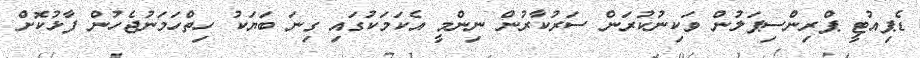
ޑެޕިއުޓީ ޕްރިންސިޕަލުން ވަކިނުކުރަން ސަރުކާރުން ނިންމީ އެކަމަކުގައި ގިނަ ބަޔަކު ހިތްހަމަނުޖެހުން ފާޅުކޮށް